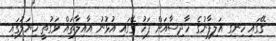
ގޭގައި ހިނގި އަލިފާނުގެ ހާދިސާއަށް ފަހު ގޭގައި އުޅުނު އާއިލާތައް ވަގުތީ ހިޔަލުގައި